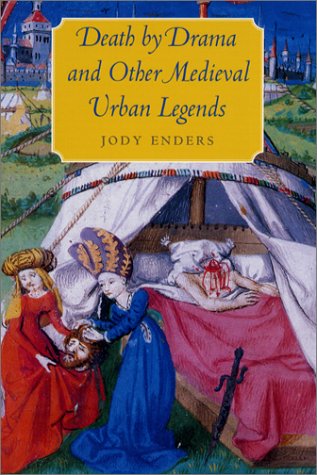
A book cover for Death by Drama and Other Medieval Urban Legends; Jody Enders; Humor & Entertainment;